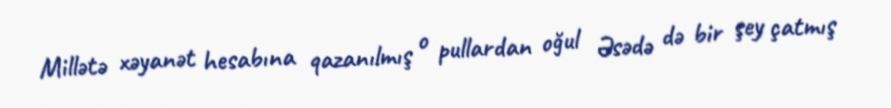
Millətə xəyanət hesabına qazanılmış o pullardan oğul Əsədə də bir şey çatmış